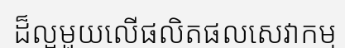
ដ៏ល្អមួយលើផលិតផលសេវាកម្ម